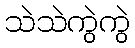
သဲသဲကွဲကွဲ